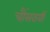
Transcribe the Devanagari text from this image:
चौंसठवीं